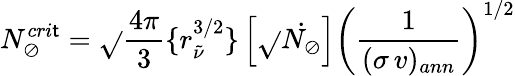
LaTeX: N_{\oslash}^{cri\mathsf{t}}=\sqrt{}{{\frac{{4\pi}}{{3}}}}\{ r_{\tilde{{\nu}}}^{3/2}\} \left[\sqrt{}{{\dot{{N_{\oslash}}}}}\right]\left(\frac{{1}}{{(\sigma\, v)_{ann}}}\right)^{1/2}